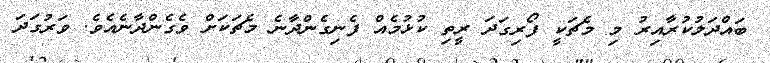
ބައްދަލުކުރާއިރު މި މެޗަކީ ފޯރިގަދަ ރީތި ކުޅުމެއް ފެނިގެންދާނެ މެޗަކަށް ވެގެންދާނެއެވެ. ވަރުގަދަ